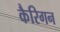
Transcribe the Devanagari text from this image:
कैरिगन